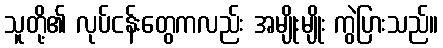
သူတို့၏ လုပ်ငန်းတွေကလည်း အမျိုးမျိုး ကွဲပြားသည်။